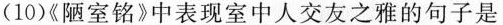
(10)《陋室铭》中表现室中人交友之雅的句子是